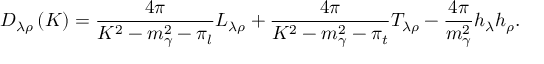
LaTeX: D _ { \lambda \rho } \left( K \right) = \frac { 4 \pi } { K ^ { 2 } - m _ { \gamma } ^ { 2 } - \pi _ { l } } L _ { \lambda \rho } + \frac { 4 \pi } { K ^ { 2 } - m _ { \gamma } ^ { 2 } - \pi _ { t } } T _ { \lambda \rho } - \frac { 4 \pi } { m _ { \gamma } ^ { 2 } } h _ { \lambda } h _ { \rho } .